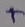
Text: +